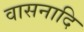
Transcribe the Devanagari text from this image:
वासनादि